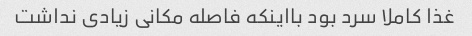
غذا کاملا سرد بود بااینکه فاصله مکانی زیادی نداشت